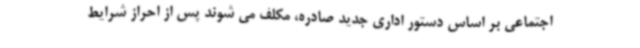
اجتماعی بر اساس دستور اداری جدید صادره، مکلف می شوند پس از احراز شرایط